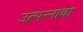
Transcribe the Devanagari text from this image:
उत्‍पन्‍नाचा